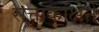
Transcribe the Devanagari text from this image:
सत्ताकांक्षेने